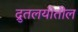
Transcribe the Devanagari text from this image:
द्रुतलयीतील